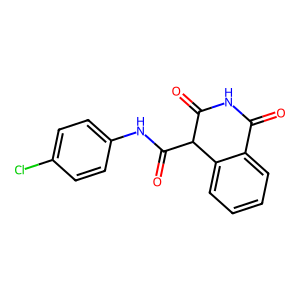
SMILES: O=C1NC(=O)C(C(=O)Nc2ccc(Cl)cc2)c2ccccc21
Inhibits HIV replication: No